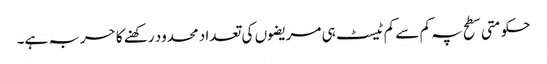
حکومتی سطح پہ کم سے کم ٹیسٹ ہی مریضوں کی تعداد محدود رکھنے کا حربہ ہے۔